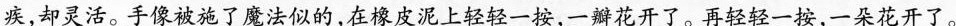
疾，却灵活。\underline{手像被施了魔法似的,在橡皮泥上轻轻一按,一瓣花开了。再轻轻一按,一朵花开了。}